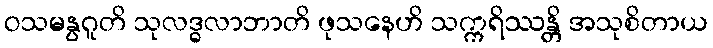
ဝသမနွဂူတိ သုလဒ္ဓလာဘာတိ ဖုသနေဟိ သက္ကရိဿန္တိ အသုစိတာယ